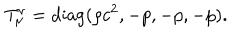
LaTeX: T _ { \mu } ^ { \nu } = \mathrm { d i a g } ( \rho c ^ { 2 } , - p , - p , - p ) .